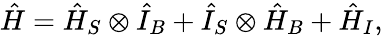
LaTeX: {\hat{H}}={\hat{H}}_{S}\otimes{\hat{I}}_{B}+{\hat{I}}_{S}\otimes{\hat{H}}_{B}+{\hat{H}}_{I},